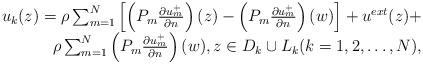
LaTeX: \begin{align*}\begin{array}{rr}u_k(z) = \rho \sum_{m=1}^N \left[\left(P_m \frac{\partial u_m^+}{\partial n} \right) (z) - \left(P_m \frac{\partial u_m^+}{\partial n} \right) (w)\right]+ u^{ext}(z) + \\ \rho \sum_{m=1}^N \left(P_m \frac{\partial u_m^+}{\partial n} \right) (w), z\in D_k \cup L_k (k=1,2,\ldots,N),\end{array}\end{align*}